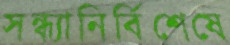
সন্ধ্যানির্বিশেষে